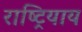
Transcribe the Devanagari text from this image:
राष्ट्रियाय